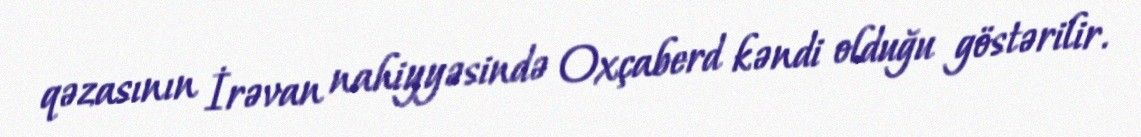
qəzasının İrəvan nahiyyəsində Oxçaberd kəndi olduğu göstərilir.